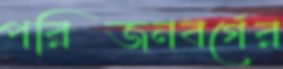
পরিজনবর্গের